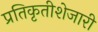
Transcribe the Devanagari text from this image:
प्रतिकृतीशेजारी